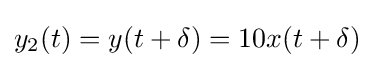
y_{2}(t)=y(t+\delta )=10x(t+\delta )